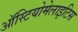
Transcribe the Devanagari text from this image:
ऑस्टियोमेलाइटिस